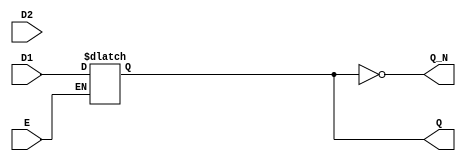
module dual_input_gated_latch (
    input wire D1,      // Data input 1
    input wire D2,      // Data input 2
    input wire E,       // Enable signal
    output reg Q,       // Output state
    output wire Q_N     // Complementary output
);

    // Complementary output
    assign Q_N = ~Q;

    // Always block to model the behavior of the gated latch
    always @(*) begin
        if (E) begin
            // When Enable is high, select between D1 and D2
            // Here we can use a simple selection mechanism, for example:
            // If D1 is selected when E is high, otherwise D2
            Q = D1; // Change this line to select D2 based on your logic
        end
        // If Enable is low, retain the previous state of Q
    end

endmodule